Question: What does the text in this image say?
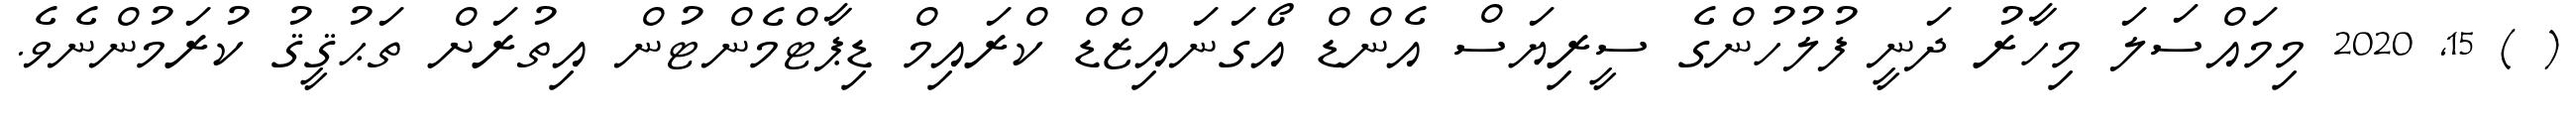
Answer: ( ) 15, 2020 މިމައްސަލަ މިހާރު ދަނީ ފުލުހުންގެ ސީރިޔަސް އެންޑް އޯގަނައިޒްޑް ކްރައިމް ޑިޕާޓްމެންޓުން އިތުރަށް ތަޙުޤީޤު ކުރަމުންނެވެ.